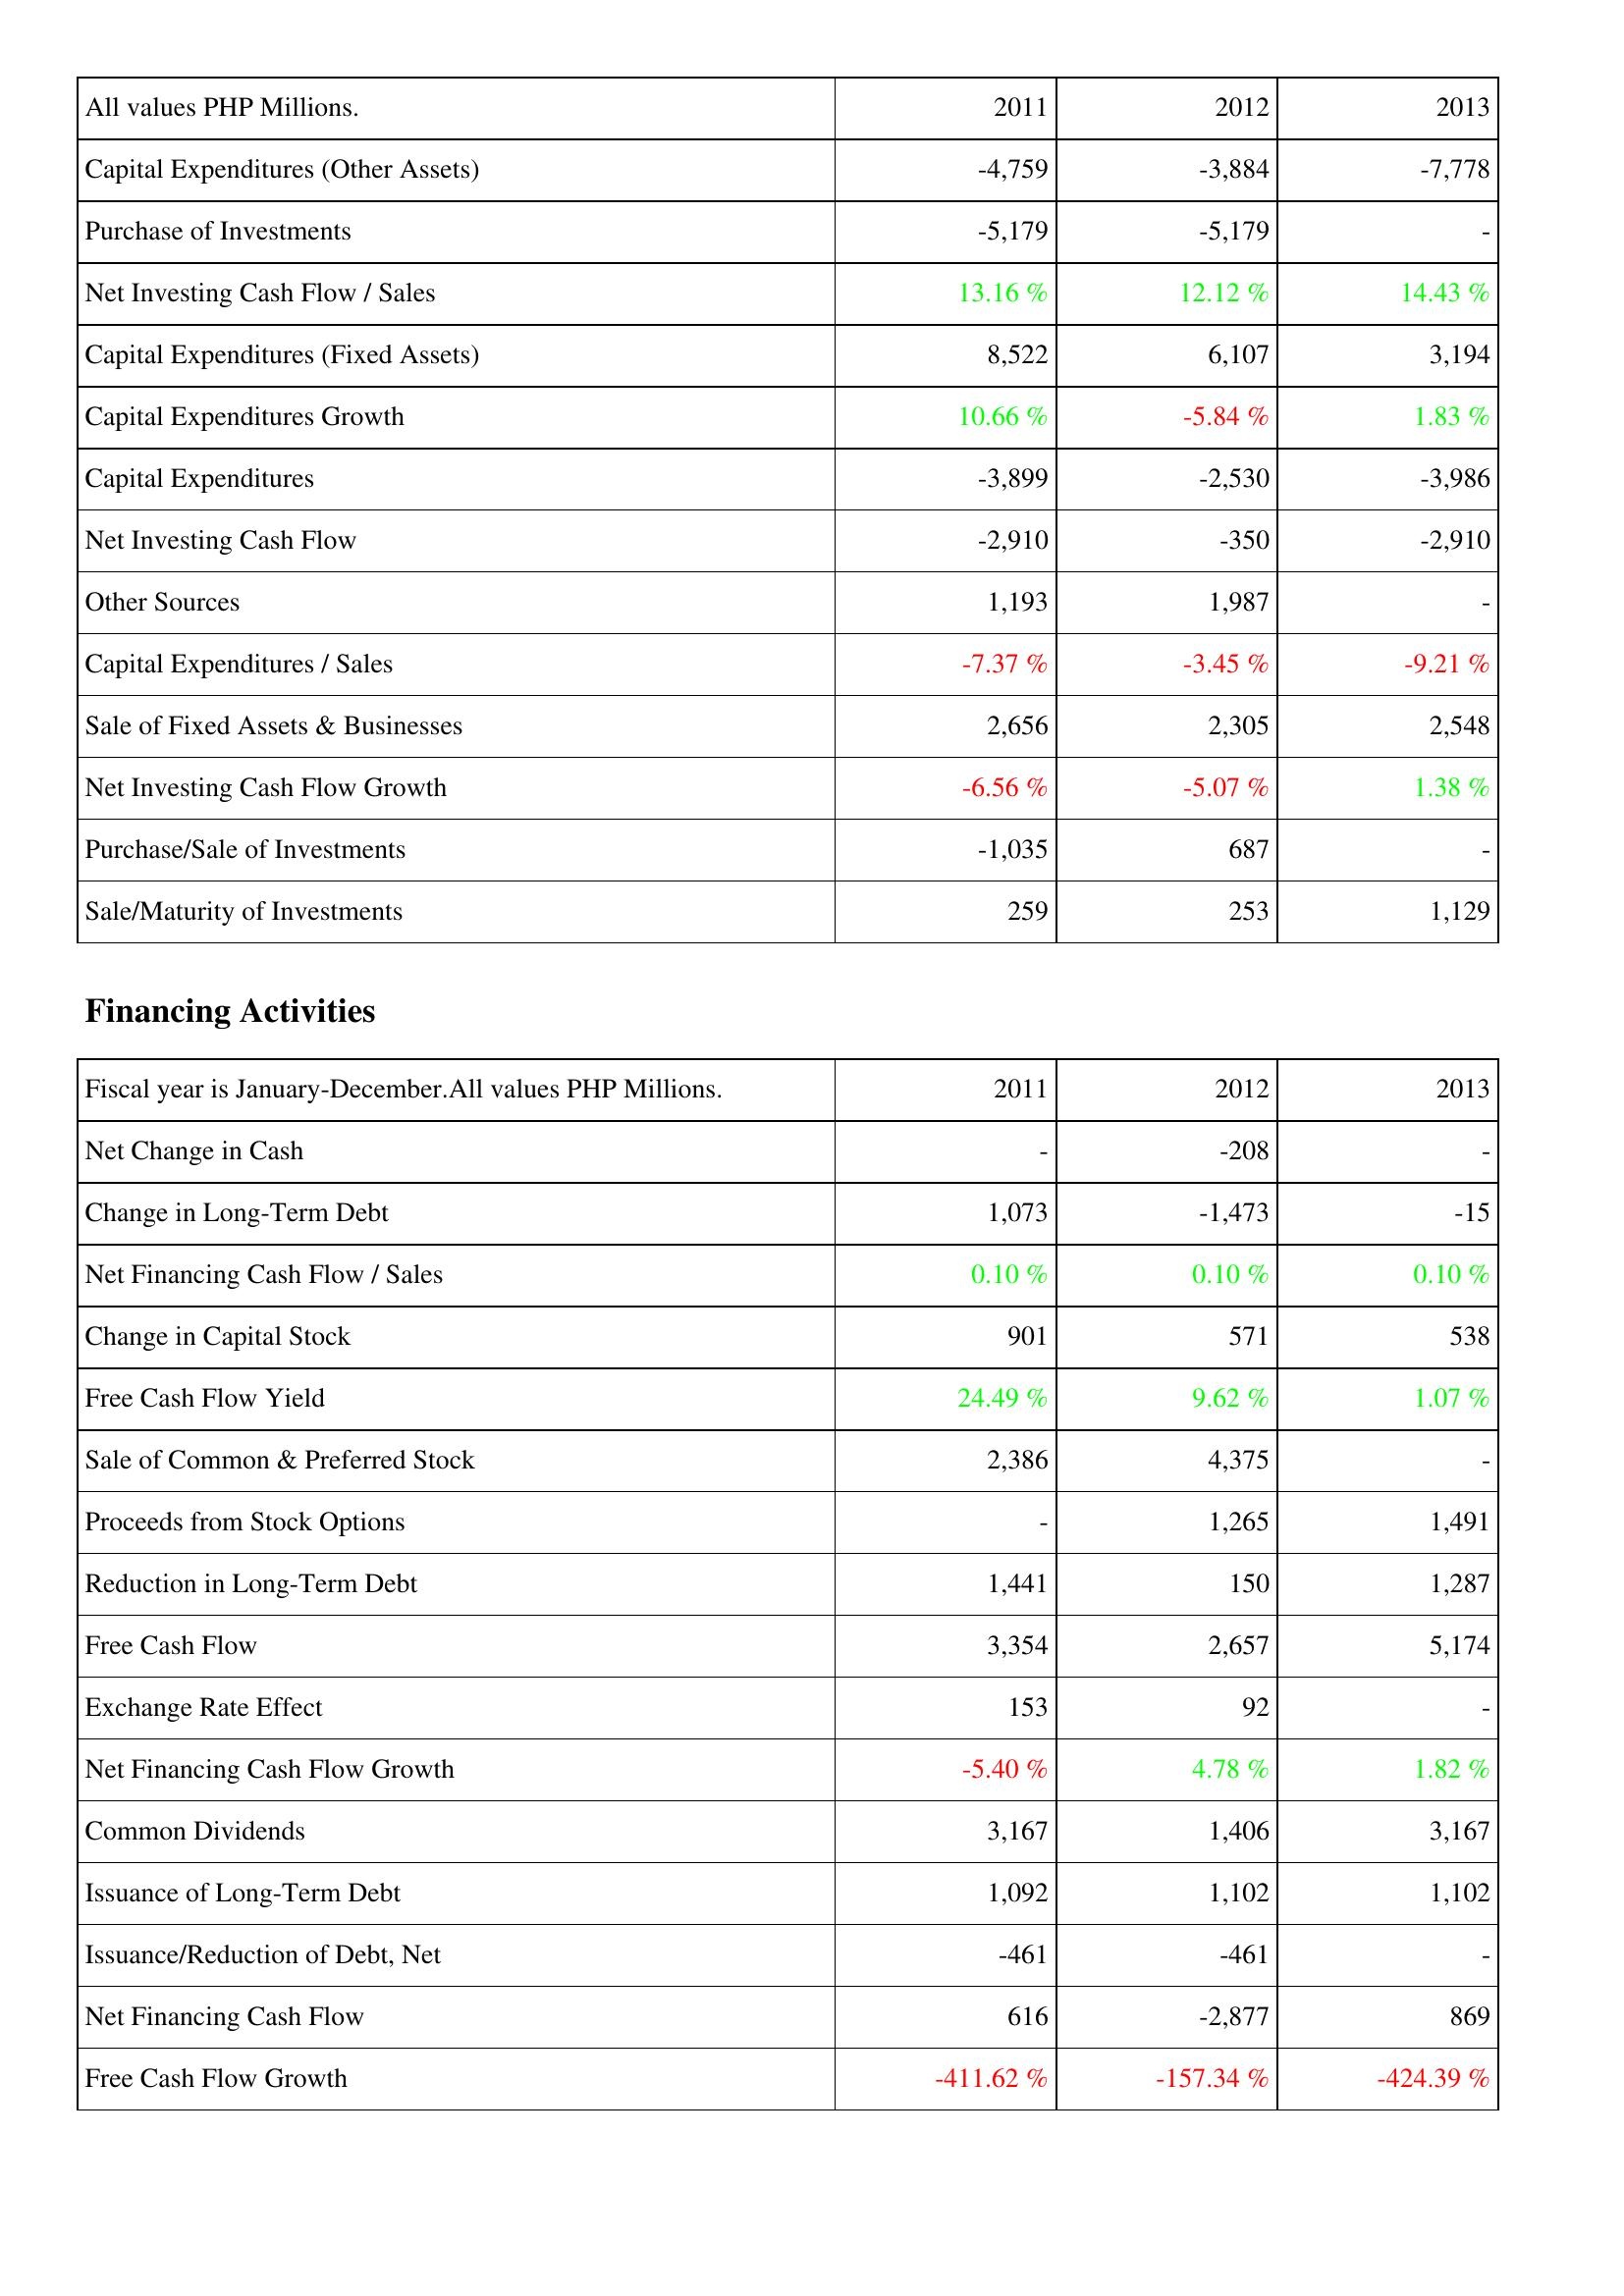
2011: Investing Activities: Capital Expenditures (Other Assets): -4,759
Purchase of Investments: -5,179
Net Investing Cash Flow / Sales: 13.16 %
Capital Expenditures (Fixed Assets): 8,522
Capital Expenditures Growth: 10.66 %
Capital Expenditures: -3,899
Net Investing Cash Flow: -2,910
Other Sources: 1,193
Capital Expenditures / Sales: -7.37 %
Sale of Fixed Assets & Businesses: 2,656
Net Investing Cash Flow Growth: -6.56 %
Purchase/Sale of Investments: -1,035
Sale/Maturity of Investments: 259
Financing Activities: Net Change in Cash: -
Change in Long-Term Debt: 1,073
Net Financing Cash Flow / Sales: 0.10 %
Change in Capital Stock: 901
Free Cash Flow Yield: 24.49 %
Sale of Common & Preferred Stock: 2,386
Proceeds from Stock Options: -
Reduction in Long-Term Debt: 1,441
Free Cash Flow: 3,354
Exchange Rate Effect: 153
Net Financing Cash Flow Growth: -5.40 %
Common Dividends: 3,167
Issuance of Long-Term Debt: 1,092
Issuance/Reduction of Debt, Net: -461
Net Financing Cash Flow: 616
Free Cash Flow Growth: -411.62 %
2012: Investing Activities: Capital Expenditures (Other Assets): -3,884
Purchase of Investments: -5,179
Net Investing Cash Flow / Sales: 12.12 %
Capital Expenditures (Fixed Assets): 6,107
Capital Expenditures Growth: -5.84 %
Capital Expenditures: -2,530
Net Investing Cash Flow: -350
Other Sources: 1,987
Capital Expenditures / Sales: -3.45 %
Sale of Fixed Assets & Businesses: 2,305
Net Investing Cash Flow Growth: -5.07 %
Purchase/Sale of Investments: 687
Sale/Maturity of Investments: 253
Financing Activities: Net Change in Cash: -208
Change in Long-Term Debt: -1,473
Net Financing Cash Flow / Sales: 0.10 %
Change in Capital Stock: 571
Free Cash Flow Yield: 9.62 %
Sale of Common & Preferred Stock: 4,375
Proceeds from Stock Options: 1,265
Reduction in Long-Term Debt: 150
Free Cash Flow: 2,657
Exchange Rate Effect: 92
Net Financing Cash Flow Growth: 4.78 %
Common Dividends: 1,406
Issuance of Long-Term Debt: 1,102
Issuance/Reduction of Debt, Net: -461
Net Financing Cash Flow: -2,877
Free Cash Flow Growth: -157.34 %
2013: Investing Activities: Capital Expenditures (Other Assets): -7,778
Purchase of Investments: -
Net Investing Cash Flow / Sales: 14.43 %
Capital Expenditures (Fixed Assets): 3,194
Capital Expenditures Growth: 1.83 %
Capital Expenditures: -3,986
Net Investing Cash Flow: -2,910
Other Sources: -
Capital Expenditures / Sales: -9.21 %
Sale of Fixed Assets & Businesses: 2,548
Net Investing Cash Flow Growth: 1.38 %
Purchase/Sale of Investments: -
Sale/Maturity of Investments: 1,129
Financing Activities: Net Change in Cash: -
Change in Long-Term Debt: -15
Net Financing Cash Flow / Sales: 0.10 %
Change in Capital Stock: 538
Free Cash Flow Yield: 1.07 %
Sale of Common & Preferred Stock: -
Proceeds from Stock Options: 1,491
Reduction in Long-Term Debt: 1,287
Free Cash Flow: 5,174
Exchange Rate Effect: -
Net Financing Cash Flow Growth: 1.82 %
Common Dividends: 3,167
Issuance of Long-Term Debt: 1,102
Issuance/Reduction of Debt, Net: -
Net Financing Cash Flow: 869
Free Cash Flow Growth: -424.39 %